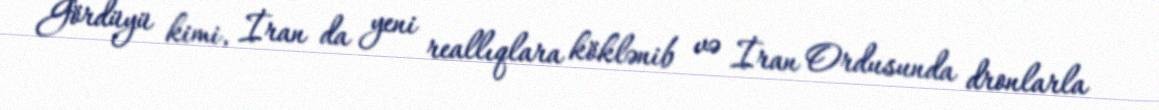
Gördüyü kimi, İran da yeni reallıqlara köklənib və İran Ordusunda dronlarla